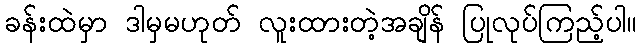
ခန်းထဲမှာ ဒါမှမဟုတ် လူးထားတဲ့အချိန် ပြုလုပ်ကြည့်ပါ။